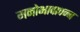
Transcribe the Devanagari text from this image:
मनोभावापन्न